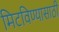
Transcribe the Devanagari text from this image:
मिटविण्यासाठी